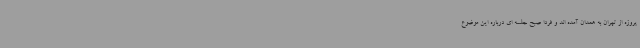
پروژه از تهران به همدان آمده اند و فردا صبح جلسه ای درباره این موضوع